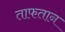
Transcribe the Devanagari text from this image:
ताफतान